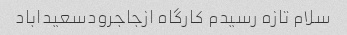
سلام تازه رسیدم کارگاه ازجاجرودسعیداباد